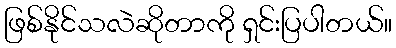
ဖြစ်နိုင်သလဲဆိုတာကို ရှင်းပြပါတယ်။